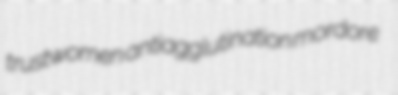
trustwomen antiagglutination mordore